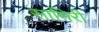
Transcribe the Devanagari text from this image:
सामिरी